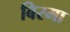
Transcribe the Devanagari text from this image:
बिरमा